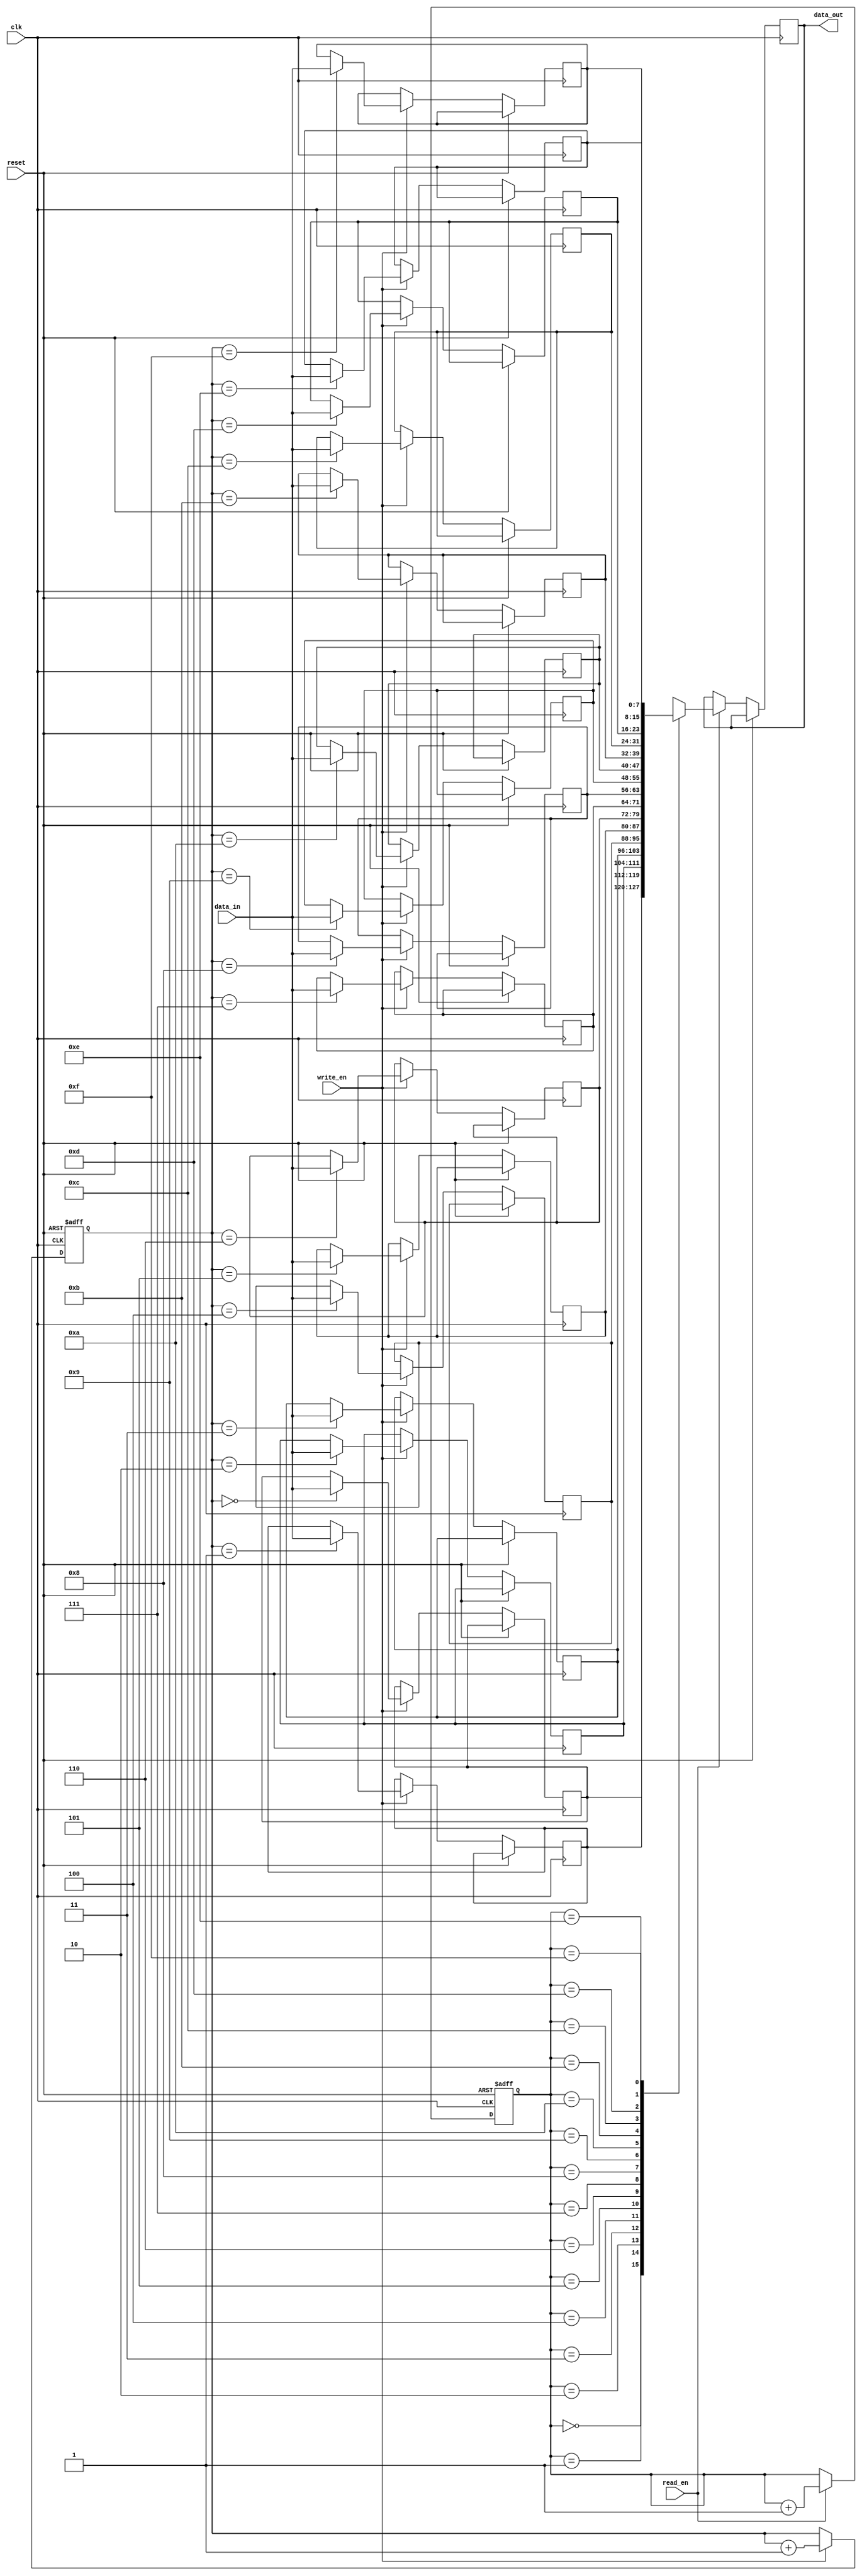
module Asynchronous_FIFO (
    input wire clk,
    input wire reset,
    input wire write_en,
    input wire read_en,
    input wire [7:0] data_in,
    output reg [7:0] data_out
);

reg [7:0] memory [0:15];
reg [3:0] write_ptr;
reg [3:0] read_ptr;

always @(posedge clk or posedge reset) begin
    if (reset) begin
        write_ptr <= 4'b0000;
        read_ptr <= 4'b0000;
    end else begin
        if (write_en) begin
            memory[write_ptr] <= data_in;
            write_ptr <= write_ptr + 1;
        end
        if (read_en) begin
            data_out <= memory[read_ptr];
            read_ptr <= read_ptr + 1;
        end
    end
end

endmodule